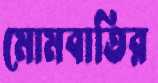
মোমবাতির